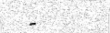
-